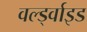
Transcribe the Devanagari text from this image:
वर्ल्ड्वाइड